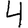
Digit: 4